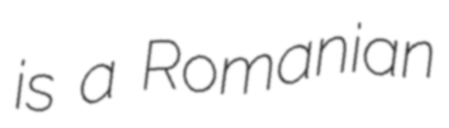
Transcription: is a Romanian